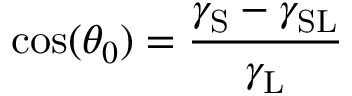
\cos ( \theta _ { 0 } ) = \frac { \gamma _ { \mathrm { S } } - \gamma _ { \mathrm { S L } } } { \gamma _ { \mathrm { L } } }